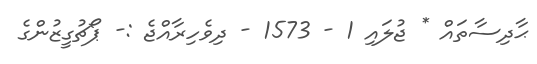
ޙާދިސާތައް * ޖުލައި 1 - 1573 - ދިވެހިރާއްޖެ :- ޕޯޗުގީޒުންގެ